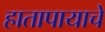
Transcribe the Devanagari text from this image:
हातापायाचे